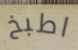
اطبخ